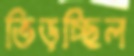
ভিড়চ্ছিল